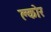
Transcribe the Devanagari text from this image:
क्लोर